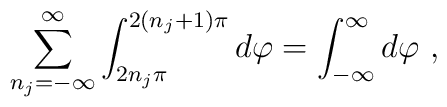
\sum^\infty_{n_j=-\infty}\int^{2\left( n_j+1\right)\pi}_{2n_j\pi}d\varphi=\int^\infty_{-\infty}d\varphi\ ,